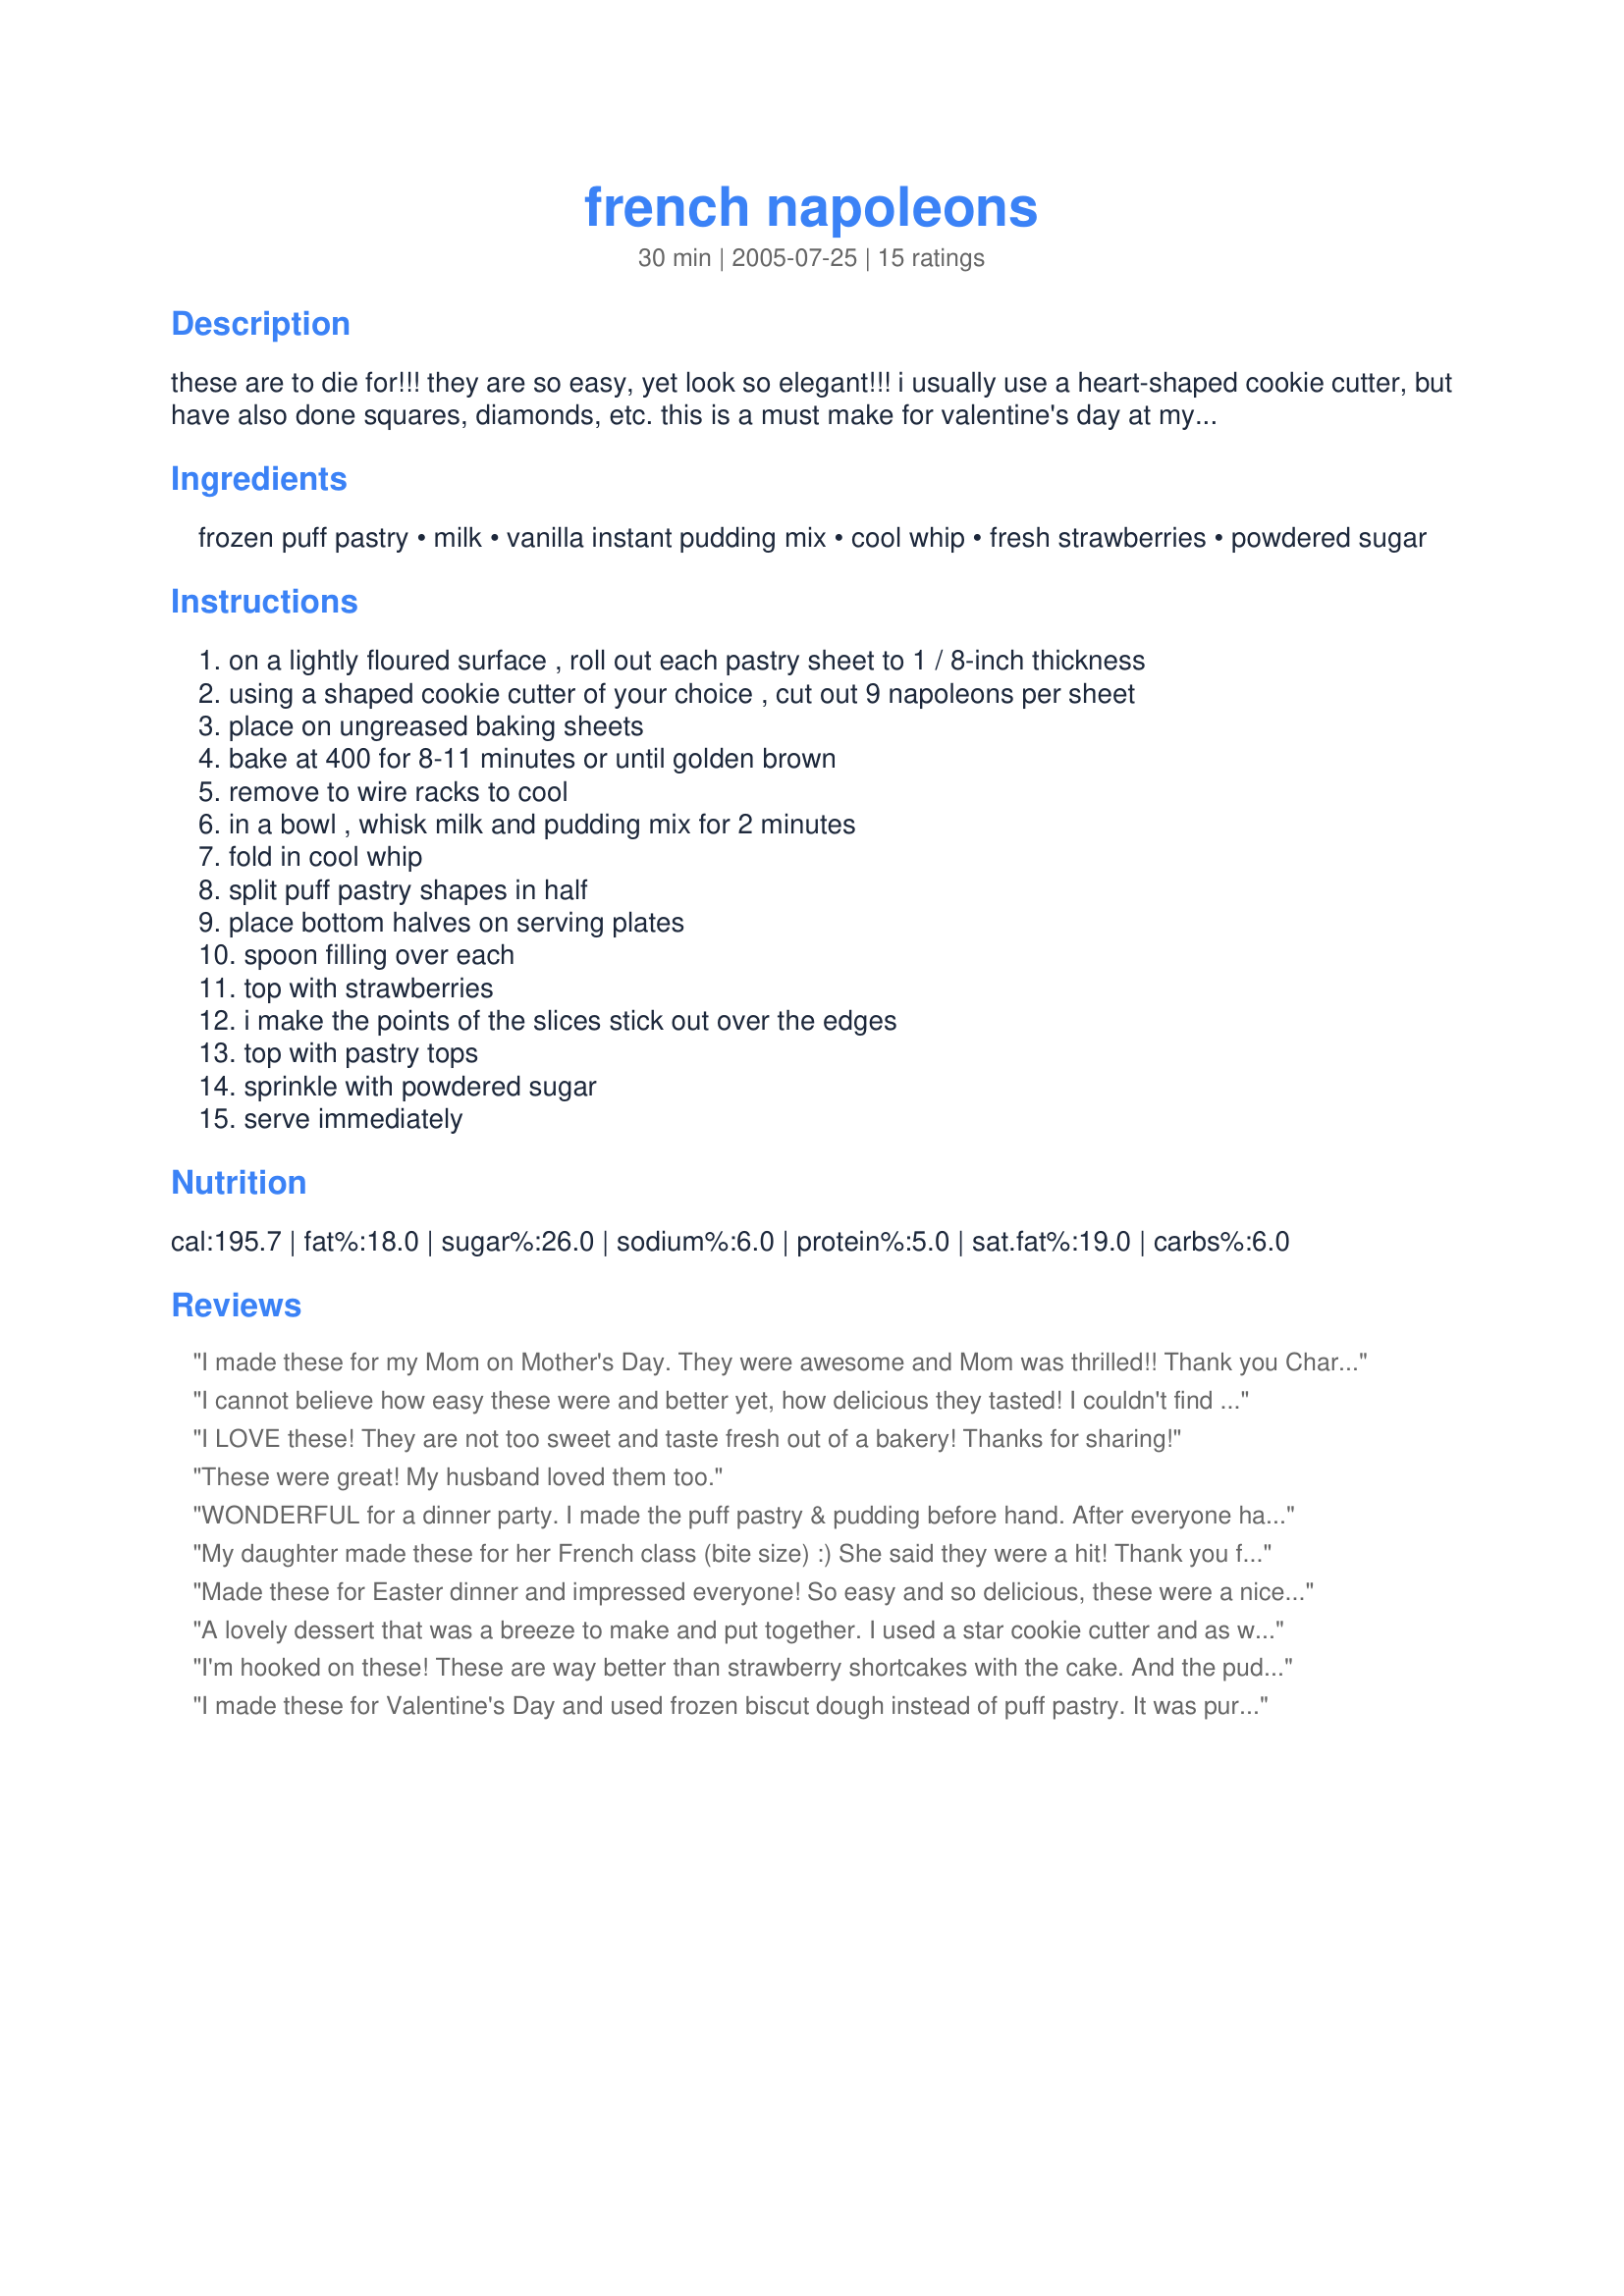
french napoleons
Preparation time: 30 minutes

these are to die for!!! they are so easy, yet look so elegant!!! i usually use a heart-shaped cookie cutter, but have also done squares, diamonds, etc. this is a must make for valentine's day at my house! but would be wonderful for any holiday or romantic dinner.

Ingredients:
frozen puff pastry, milk, vanilla instant pudding mix, cool whip, fresh strawberries, powdered sugar

Steps:
on a lightly floured surface , roll out each pastry sheet to 1 / 8-inch thickness
using a shaped cookie cutter of your choice , cut out 9 napoleons per sheet
place on ungreased baking sheets
bake at 400 for 8-11 minutes or until golden brown
remove to wire racks to cool
in a bowl , whisk milk and pudding mix for 2 minutes
fold in cool whip
split puff pastry shapes in half
place bottom halves on serving plates
spoon filling over each
top with strawberries
i make the points of the slices stick out over the edges
top with pastry tops
sprinkle with powdered sugar
serve immediately

Reviews:
I made these for my Mom on Mother's Day. They were awesome and Mom was thrilled!! Thank you Charmie for posting a delicious and easy recipe that is sure to impress everyone.
I cannot believe how easy these were and better yet, how delicious they tasted! I couldn't find puff pastry sheets so I used ones that were already cut-out and baked them for 20 minutes per package instructions. I assembled them before dinner and stuck them in the fridge for about an hour and they tasted delicious! Thanks for a beautiful and tasty dessert!
I LOVE these! They are not too sweet and taste fresh out of a bakery! Thanks for sharing!
These were great! My husband loved them too.
WONDERFUL for a dinner party. I made the puff pastry & pudding before hand. After everyone had dinner, I put these together. I warn you though... People will usually eat more than one!
My daughter made these for her French class (bite size) :) She said they were a hit! Thank you for posting! :)
Made these for Easter dinner and impressed everyone! So easy and so delicious, these were a nice, light, cool, refreshing end to a big meal. I followed directions exactly and was very pleased w/ the results. Am going to try other pudding flavors and vary the fruit. Thanks for sharing this yummy recipe!
A lovely dessert that was a breeze to make and put together. I used a star cookie cutter and as we dont have Cool Whip in Australia, just used thickened cream with the instant pudding mix. My daughters and husband enjoyed these forZWT8. Photo also to be posted
I'm hooked on these! These are way better than strawberry shortcakes with the cake. And the pudding adds so much more. Quick, easy, and delicious! Going in my 10 star cookbook. Thanks for posting, Charmie777.
I made these for Valentine's Day and used frozen biscut dough instead of puff pastry. It was purfect! Just sweet enough, and very pretty!
I served this dessert for company. After a heavy meal of chicken carbonara this dessert was a wonderful finish..I rolled out 1 sheet and cut into 8 large hearts..I used thawed strawberries I had in the freezer..Looked just like charmie777 photo. And was a nice light and refreshing dessert..YUMMY also..I will be making these often..Thank U for this recipe...
Very, very nice dessert. I used chocolate pudding since I don't think you can go wrong with chocolate and strawberries. Very easy to put together. I am disappointed in my puff pastry .. I didn't think it puffed as much as it should have when it was baked, but that's certainly no fault of the recipe. This is a sure fire recipe to impress your guests.
Simple and elegant. I used french vanilla pudding mix and it was perfect. Thank you for a quick and easy and impressive dessert!
I made these for a Frenchman’s 86th Birthday! He loved it as did everyone else. I made two flavors. One I used Cheesecake flavored pudding with fresh strawberries and Blueberries. The other I used French Vanilla pudding and Banana slices with blueberries.
Unbelievable! These were easy to make, completely darling on the plate (I love your idea of using the cookie cutters!), and too delicious for words! Truly one of the best recipes I've tried all year! Thank you so much!
